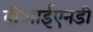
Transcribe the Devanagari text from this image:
बीआईएनडी